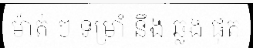
ម៉ាត់ ៗ ទម្រាំ នឹង ឆ្លង ផុត